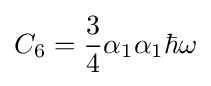
C_{6}={\frac {3}{4}}\alpha _{1}\alpha _{1}\hbar \omega